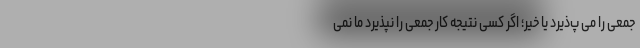
جمعی را می پ‌ذیرد یا خیر؛ اگر کسی نتیجه کار جمعی را نپذیرد ما نمی